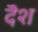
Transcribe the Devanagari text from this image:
दॆश